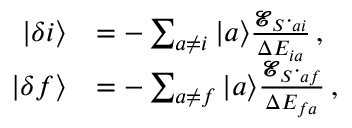
\begin{array} { r l } { \ensuremath { | \delta i \rangle } } & { = - \sum _ { a \neq i } \ensuremath { | a \rangle } \frac { { \mathbfcal { E } } _ { S } \cdot \v { D } _ { a i } } { \Delta { E _ { i a } } } \, , } \\ { \ensuremath { | \delta f \rangle } } & { = - \sum _ { a \neq f } \ensuremath { | a \rangle } \frac { { \mathbfcal { E } } _ { S } \cdot \v { D } _ { a f } } { \Delta { E _ { f a } } } \, , } \end{array}